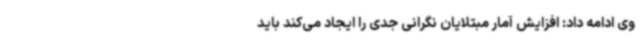
وی ادامه داد: افزایش آمار مبتلایان نگرانی جدی را ایجاد می‌کند باید